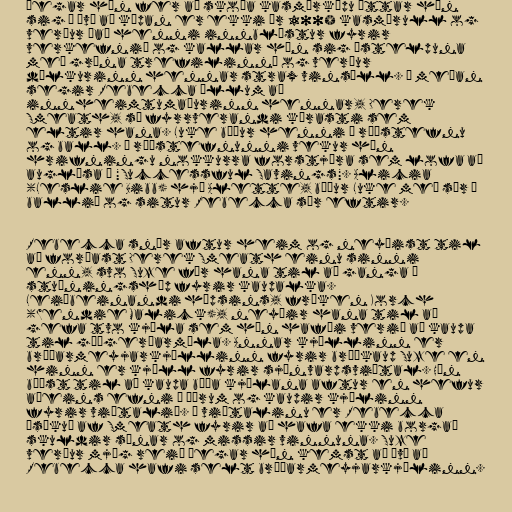
Þegar hún fer að skoða kasmírkápu áttar hún
sig á því að kápan er ekki úr 100% kasmírull og
verður það henni innblástur fyrir
verkefnið og kallar hún sig „stelpuna
með græna trefilinn“ og verður
dálkurinn hennar strax vinsæll. Á meðan
segir Rebecca öllum að
innheimtumaðurinn hennar, Derek
Smeath, sé fyrrverandi kærasti sem
eltir hana. Luke býður henni á ráðstefnu
og ball. Á ráðstefnunni vekur hún
hrifningu nokkurra forstjóra sem lofa að
auglýsa í "Successful Savings". Alicia
(Leslie Bibb) hjá Alette, býður Luke með sér á
ballið og situr Rebecca sár eftir.

Rebecca snýr aftur heim og neyðist til
að forðast Derek Smeath einu sinni
enn, svo Suze fær hana til að ganga í
stuðningshóp fyrir kaupalka.
Leiðbeinandi hópsins, fröken Korch
(Wendie Malick), neyðir hana til að
gefa tvo kjóla sem hún hafði verið að kaupa
til góðgerðarmála. Annar kjóllinn er
brúðarmeyjarkjóllinn fyrir brúðkaup Suze en
hinn er kjóll fyrir sjónvarpsviðtal. Hún
býðst til að kaupa báða kjólana aftur en hefur
aðeins efni á öðrum og kaupir kjólinn
fyrir viðtalið. Í viðtalinu er Rebecca
ásökuð af Smeath fyrir að hafa ekki borgað
skuldir sínar og missir vinnuna. Suze
verður mjög reið þegar hún kemst að því að
Rebecca hafi selt brúðarmeyjarkjólinn.